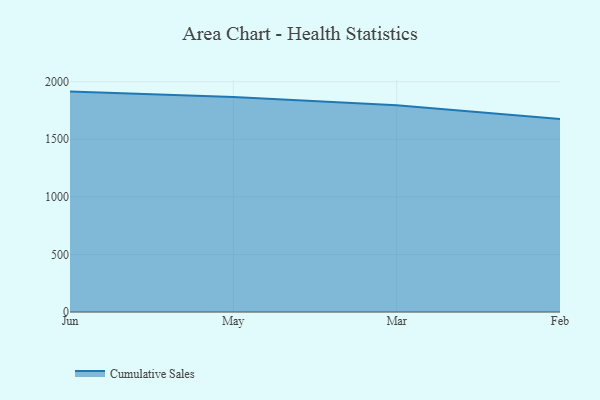
{"axis": {"x": "Month", "y": "Website Visitors"}, "legend": ["Cumulative Sales"], "data": [{"x": "Jun", "y": 1914.1, "type": "Cumulative Sales"}, {"x": "May", "y": 1866.6, "type": "Cumulative Sales"}, {"x": "Mar", "y": 1794.7, "type": "Cumulative Sales"}, {"x": "Feb", "y": 1676.8, "type": "Cumulative Sales"}]}